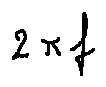
2 \pi f